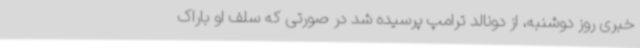
خبری روز دوشنبه، از دونالد ترامپ پرسیده شد در صورتی که سلف او باراک